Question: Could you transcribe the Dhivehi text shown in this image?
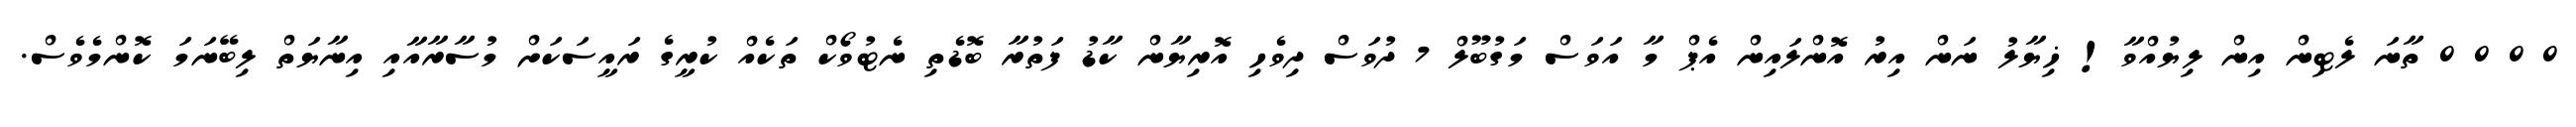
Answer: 0 0 0 0 ތާނަ ލެޓިން އިން ލިޔުއްވާ! ޚިޔާލު ނަން އިރު އޮންލައިން އެޕް މާ އަވަސް މަގުބޫލް 7 ދުވަސް ދިވެހި އޮރިޔާން ކާޑު ފަތުރާ ބޮޑެތި ނެޓުވޯކް ތަކެއް ކުރީގެ ރައީސަކަށް މުސާރާއާއި އިނާޔަތް ލިބޭނަމަ ކޮންމެވެސް.